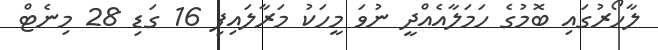
ލާހޯރުގައި ބޮމުގެ ހަމަލާއެއްދީ ނުވަ މީހަކު މަރާލައިފި 16 ގަޑި 28 މިނެޓް